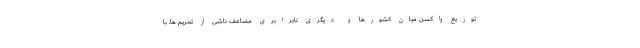
توزیع واکسن میان کشورها و دیگری نابرابری مضاعف ناشی از تحریم ها. با